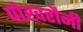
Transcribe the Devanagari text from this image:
पोखरौनी